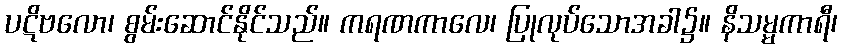
ပဋိဗလော၊ စွမ်းဆောင်နိုင်သည်။ ကရဏကာလေ၊ ပြုလုပ်သောအခါ၌။ နိသမ္မကာရီ၊